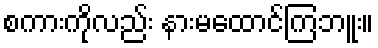
စကားကိုလည်း နားမထောင်ကြဘူး။